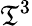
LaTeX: \mathfrak{T}^{3}